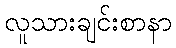
လူသားချင်းစာနာ